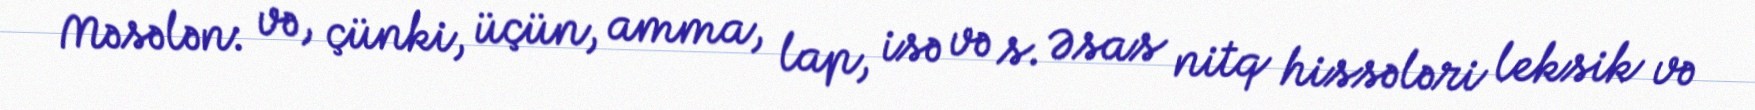
Məsələn: və, çünki, üçün, amma, lap, isə və s. Əsas nitq hissələri leksik və